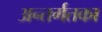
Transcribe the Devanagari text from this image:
अन्तर्गतका